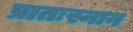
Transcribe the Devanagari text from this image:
प्रातःस्नान